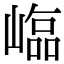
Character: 𡻵